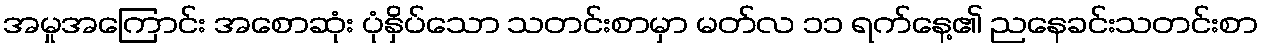
အမှုအကြောင်း အစောဆုံး ပုံနှိပ်သော သတင်းစာမှာ မတ်လ ၁၁ ရက်နေ့၏ ညနေခင်းသတင်းစာ